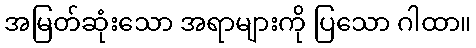
အမြတ်ဆုံးသော အရာများကို ပြသော ဂါထာ။